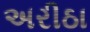
અરીઠા